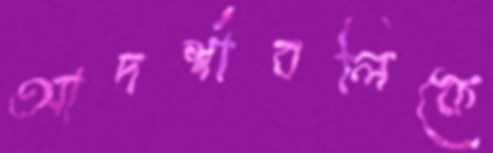
আদর্শাবলিকে